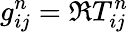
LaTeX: g_{ij}^{n}=\Re T_{ij}^{n}